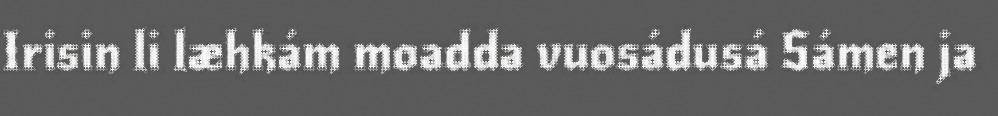
Irisin li læhkám moadda vuosádusá Sámen ja